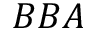
B B A